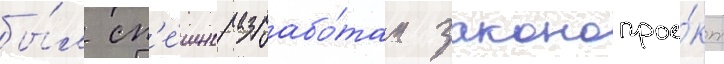
бы́л сп'е́шно разрабо́тан законопрое́кт